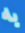
به